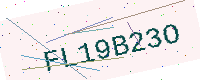
Text: FL19B23O